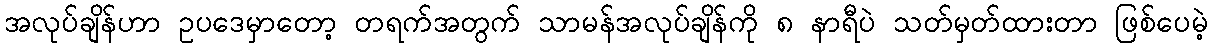
အလုပ်ချိန်ဟာ ဥပဒေမှာတော့ တရက်အတွက် သာမန်အလုပ်ချိန်ကို ၈ နာရီပဲ သတ်မှတ်ထားတာ ဖြစ်ပေမဲ့